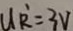
U R ^ { \prime } = 3 V